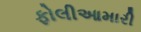
ફોલીઆમારી